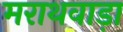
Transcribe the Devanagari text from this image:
मराथवाड़ा